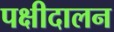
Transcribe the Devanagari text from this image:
पक्षीदालन